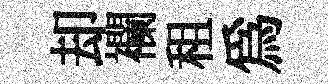
却襴租爲